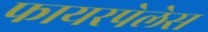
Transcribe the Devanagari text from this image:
फायरपेलेस